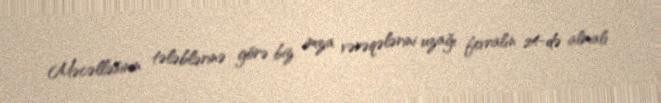
Məcəlləsinin tələblərinə görə biz imza vərəqələrini uzağı fevralın 24-də almalı